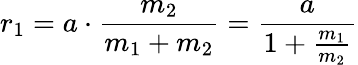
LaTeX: r_{1}=a\cdot{\frac{m_{2}}{m_{1}+m_{2}}}={\frac{a}{1+{\frac{m_{1}}{m_{2}}}}}